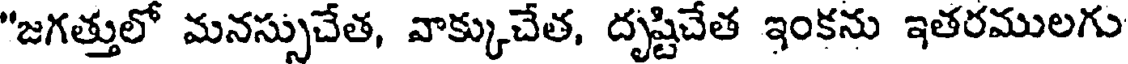
"జగత్తులో మనస్సుచేత, వాక్కుచేత, దృష్టిచేత ఇంకను ఇతరములగు